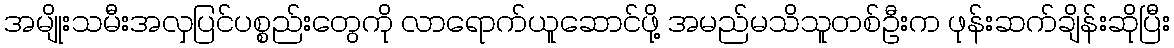
အမျိုးသမီးအလှပြင်ပစ္စည်းတွေကို လာရောက်ယူဆောင်ဖို့ အမည်မသိသူတစ်ဦးက ဖုန်းဆက်ချိန်းဆိုပြီး